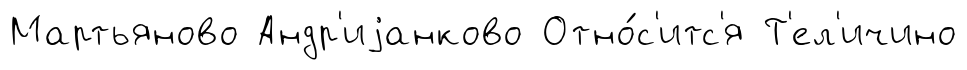
Мартьяново Андр'иjанково Отно́с'итс'я Т'ел'ичино